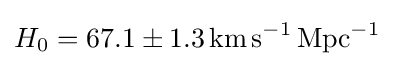
H_{0}=67.1\pm 1.3\,\mathrm {km\,s^{-1}\,Mpc^{-1}}